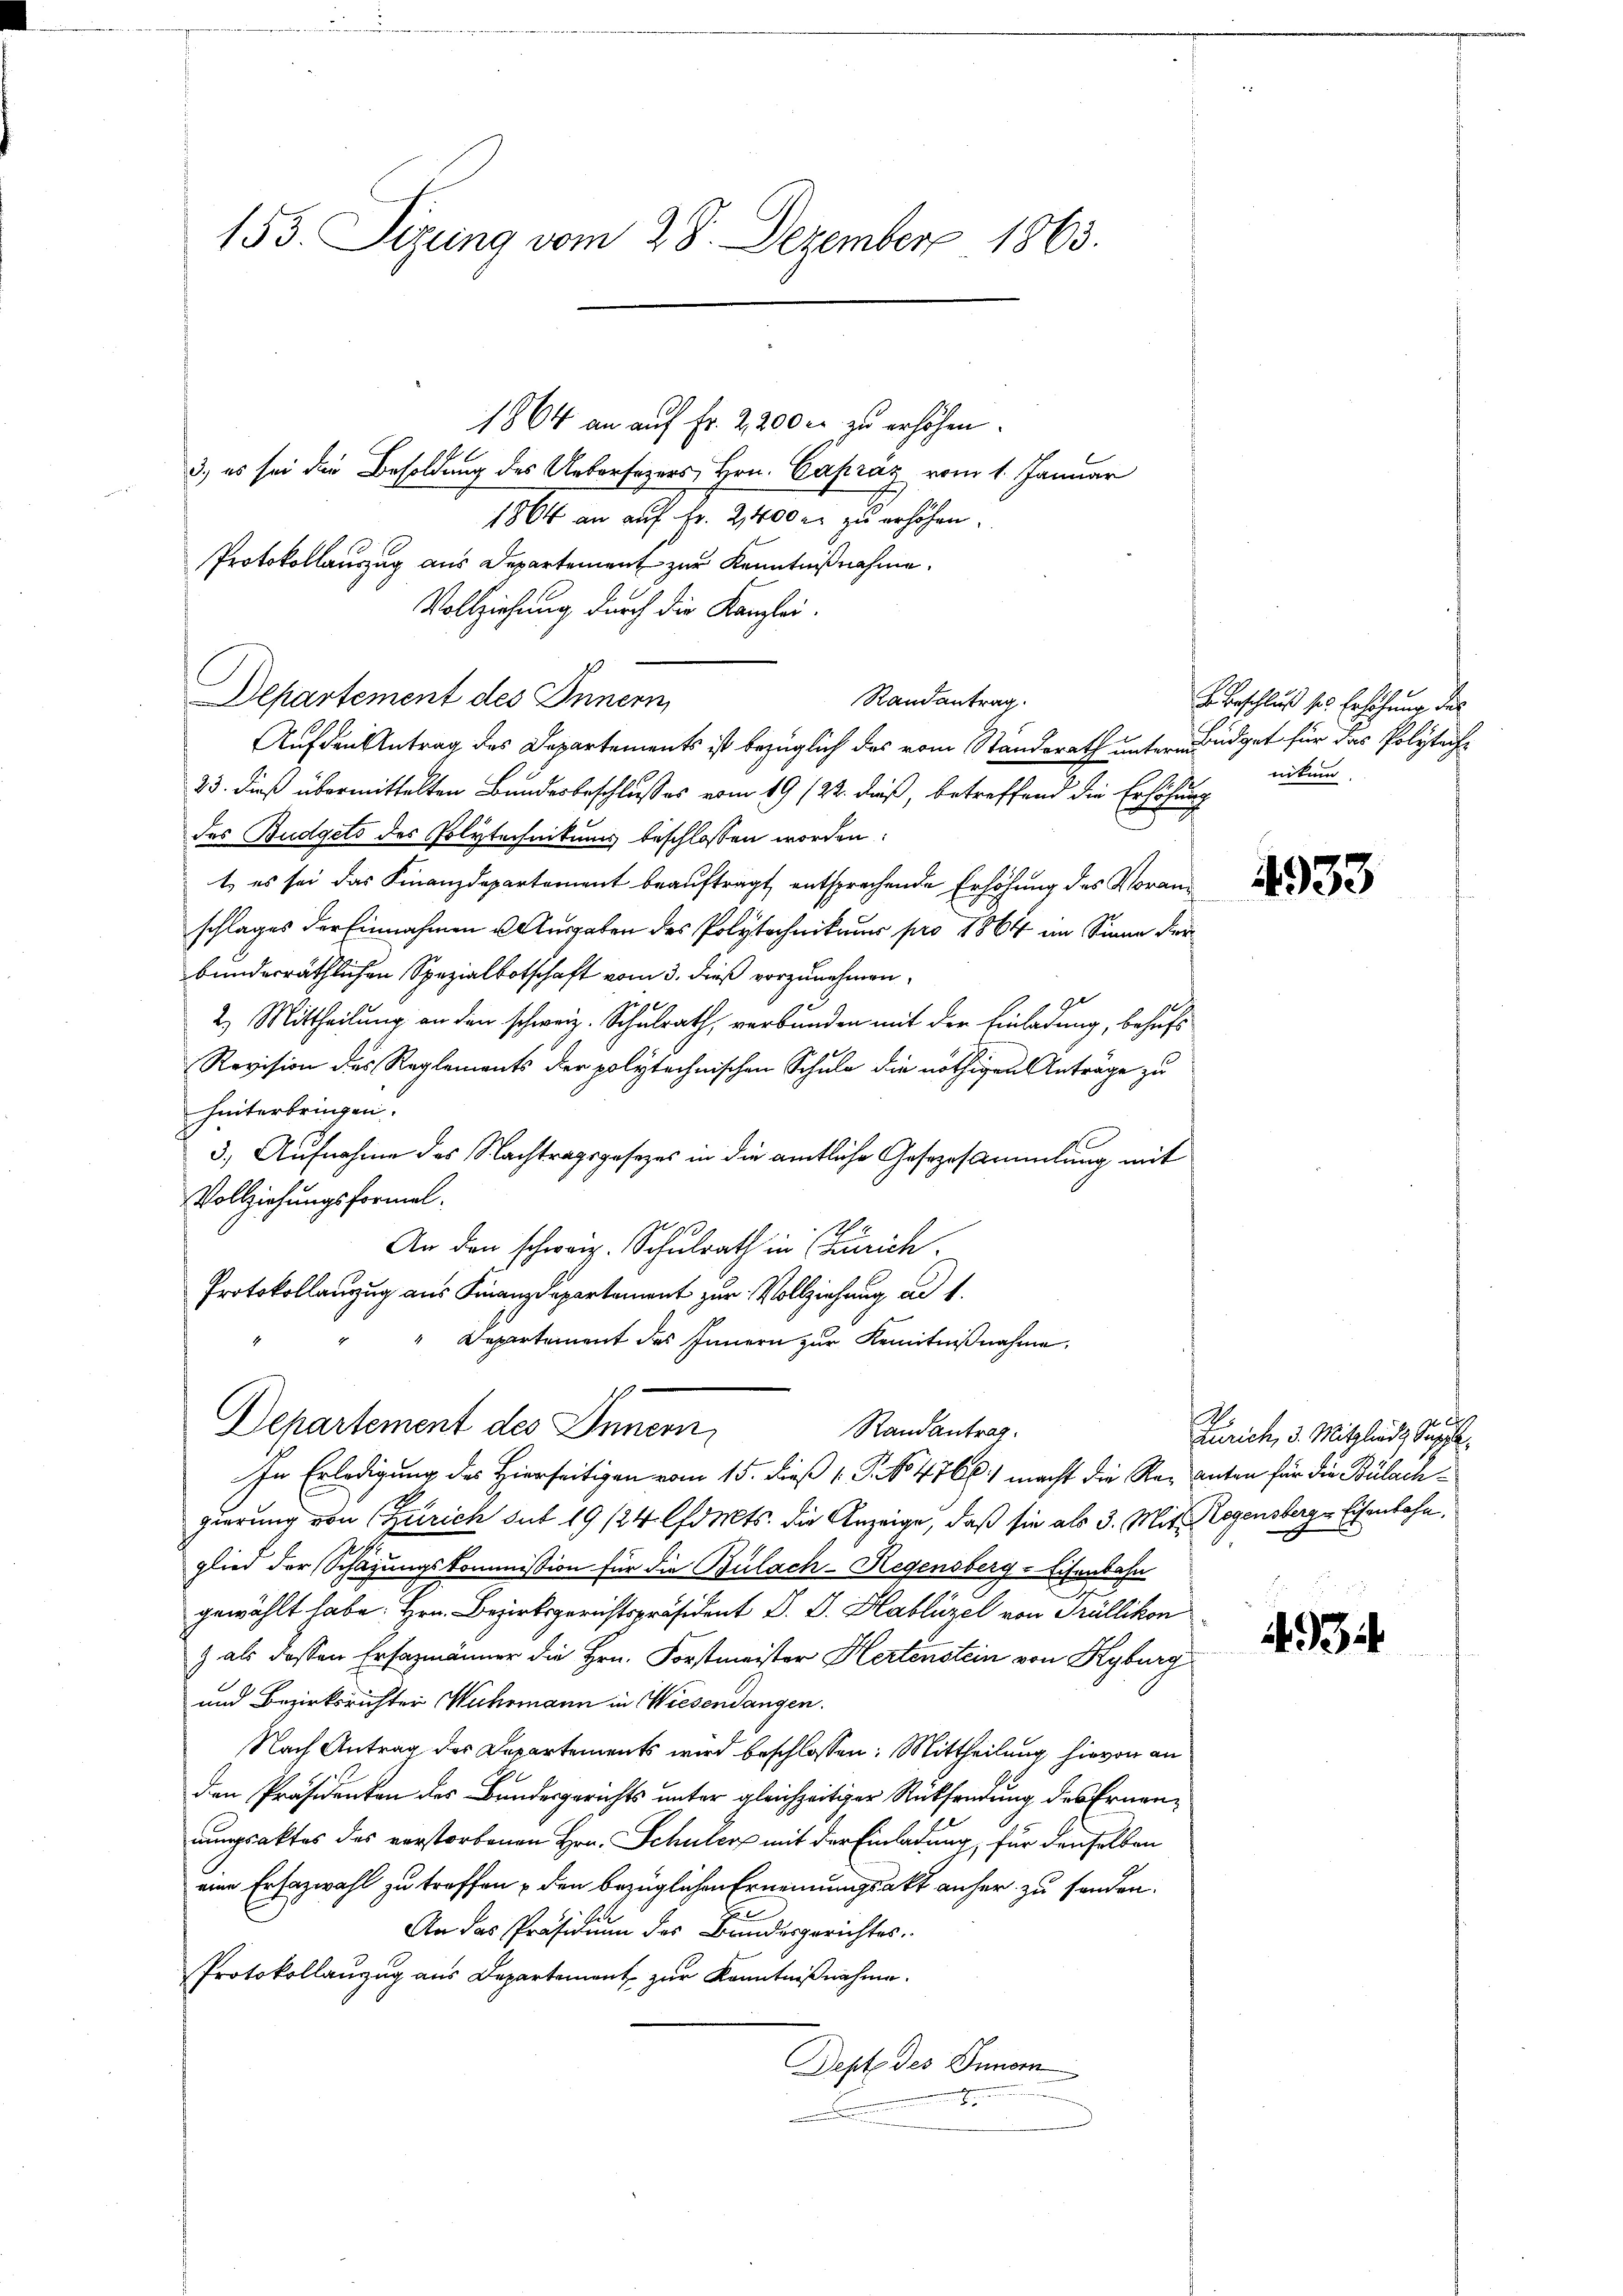
153. Sizung vom 28. Dezember 1863.

1864 an auf Fr. 2200 r. zu erhöhen.
3.) es sei die Besoldung des Aeberfegers, Hrn. Capraz vom 1. Januar
1864 an auf Fr. 2,400 r. zu erhöhen.
Protokollauszug aus Departement zur Kenntnißnahme.
Vollziehung durch die Kanzlei-
I
Departement des Innern,
Randantrag.
Auf den Antrag des Departements ist bezüglich des vom Standsrath unter Büdget für das Polytech¬
23. dieß übermittelten Bundesbeschlußes vom 19/22. dieß, betreffend die Erhöhung
des Budgets des Polytechnikums beschlossen worden:
t es sei das Finanzdepartement beauftragt, entsprechende Erhöhung des Voranschlages der Einnahmen u. Ausgaben des Polytechnikum pro 1864 im Sinne der
bunderräthlichen Spezialbotschaft vom 3. dieß vorzunehmen,
2.) Mittheilung an den schweiz. Schulrath, verbunden mit der Einladung, behufs
Revision des Reglements der polytechnischen Schule die nöthigen Anträge zu
hinterbringen.
3.) Aufnahme des Nachtragsgesezes in die amtliche Gesezesammlung mit
Vollziehungsformal.
An den schweiz. Schulrath in Zürich.
Protokollanzug aus Finanzdepartement zur Vollziehung ad 1.
Departement des Innern zur Kenntnißnahme,

Departement des Innern,
Randantrag.

E. Beschluß ses Erhöhung des
nitum

In Erledigung des Hierseitigen vom 15. Dieß P. No 4766.) macht die Regenten für die Bülachgierung von Zürich sub 19/24 forts. die Anzeige, daß sie als 3. Mit Regensberg, Eisenbahn.
glied der Schazungskommission für die Bülach–Regensberg-Eisenbahn
gewählt habe. Hrn. Bezirksgerichtspräsident D. J. Hablüzel von Trüllikon
) als dessen Ersazmänner die Hrn. Forstmeister Hertenstein von Kyburg
und Bezirksrichter Wuhrmann in Wiesendangen.
Nach Antrag des Departements wird beschlossen: Mittheilung hievon an
den Präsidenten des Bundesgerichts unter gleichzeitiger Rücksendung des Ernendungsaktes des verstorbenen Hrn. Schuler mit der Einladung, für denselben
eine Ersazwahl zu treffen u den bezüglichen Ernennungsakt anher zu finden.
An das Präsidium des Bundesgerichtes.
Protokollanzug aus Departement zŭr Kenntniβnahme.
Depte des Innern
.

4933

.
Zürich, 3. Mitgliede Suppl

434